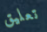
تعليق